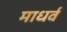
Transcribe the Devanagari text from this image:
माधर्व